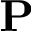
\mathbf { P }